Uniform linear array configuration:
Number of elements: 16
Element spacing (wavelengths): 1
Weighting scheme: kaiser
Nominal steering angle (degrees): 30
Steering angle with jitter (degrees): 28.389
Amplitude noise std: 0.05
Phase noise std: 0.05

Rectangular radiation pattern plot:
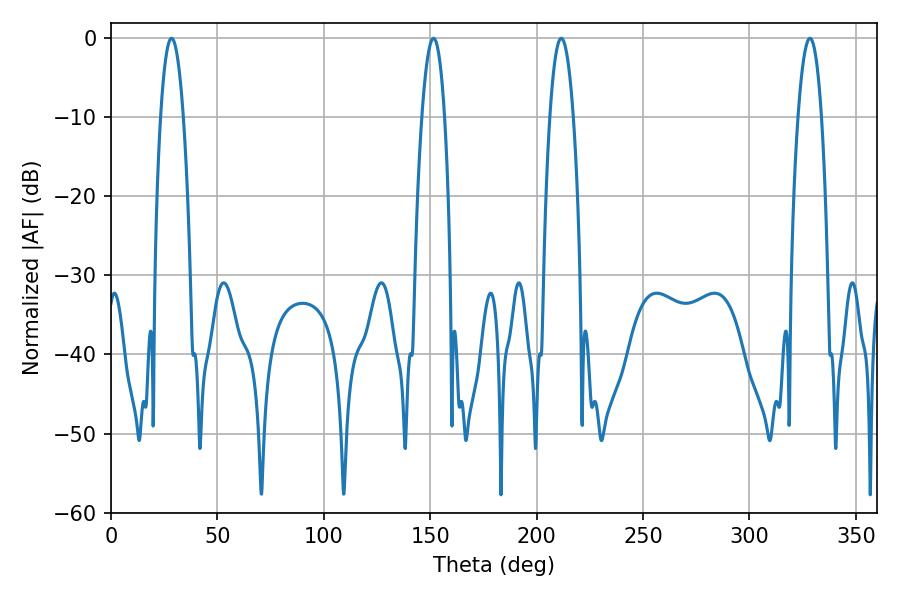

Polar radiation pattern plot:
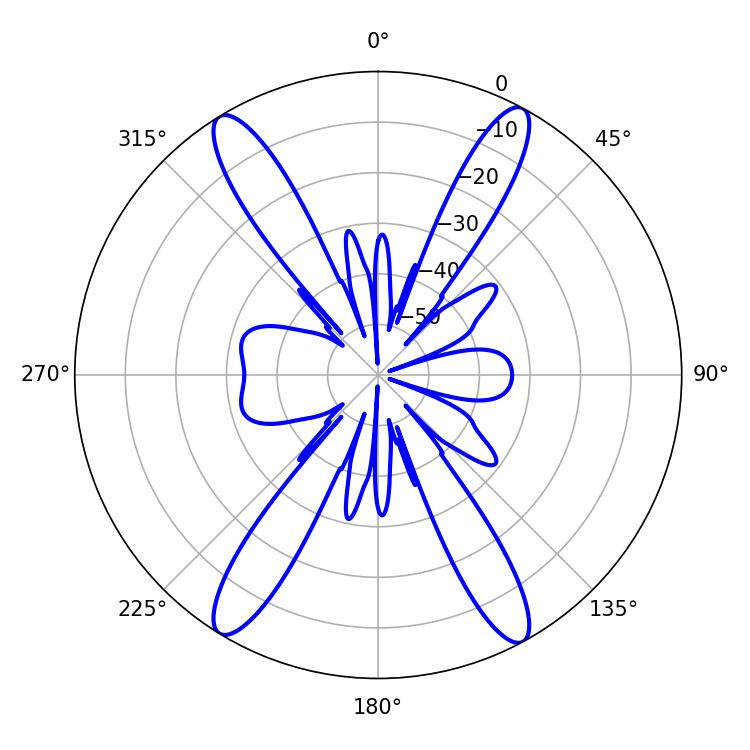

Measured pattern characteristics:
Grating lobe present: TRUE
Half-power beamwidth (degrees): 5.94
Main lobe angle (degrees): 28.44